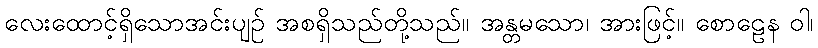
လေးထောင့်ရှိသောအင်းပျဉ် အစရှိသည်တို့သည်။ အန္တမသော၊ အားဖြင့်။ စောဠေန ဝါ၊